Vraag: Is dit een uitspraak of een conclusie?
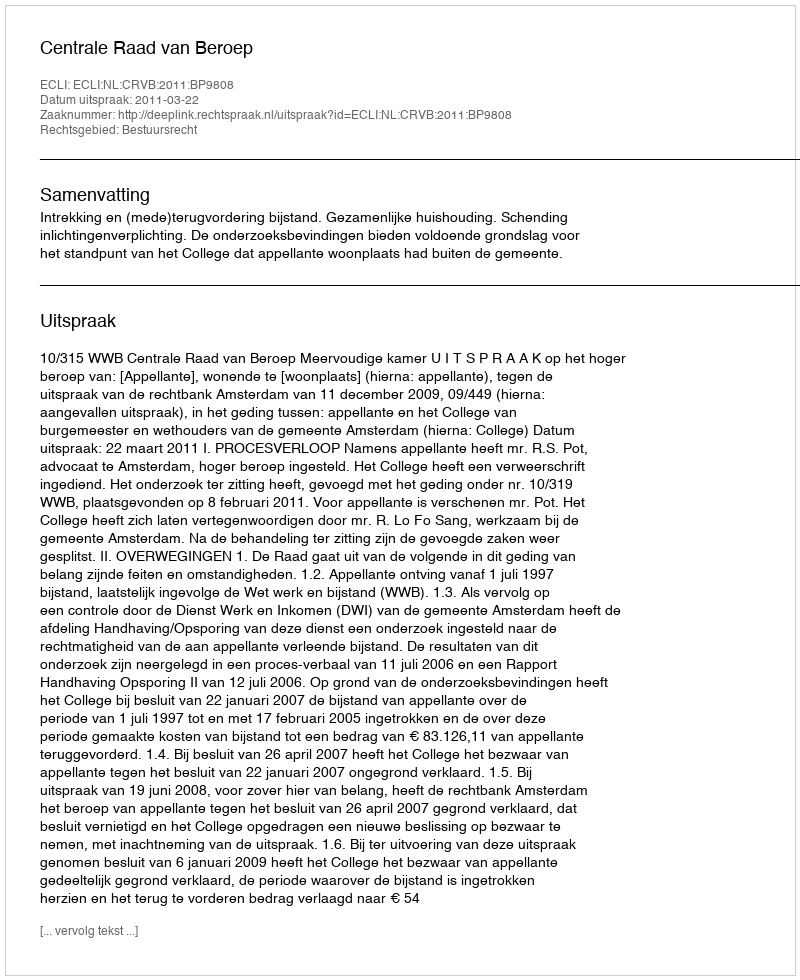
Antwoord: Uitspraak